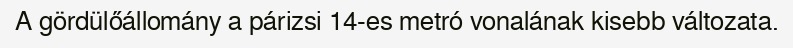
A gördülőállomány a párizsi 14-es metró vonalának kisebb változata.